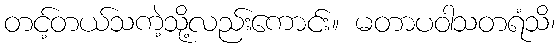
တင့်တယ်သကဲ့သို့လည်းကောင်း။ မတာပဝါသတရံသိ၊